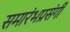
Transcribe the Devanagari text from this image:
समारंभप्रसंगी